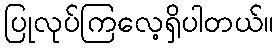
ပြုလုပ်ကြလေ့ရှိပါတယ်။